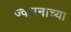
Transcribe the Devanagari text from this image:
ज्वलनाच्या